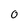
Character: O